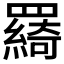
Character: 𦌰